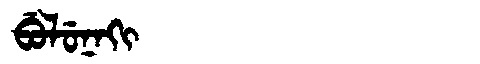
Manchu: ᠪᡠᠯᡠᠨᠠᡴᡳ
Romanization: BULUNAKI